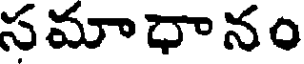
సమాధానం